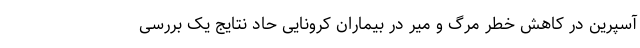
آسپرین در کاهش خطر مرگ و میر در بیماران کرونایی حاد نتایج یک بررسی